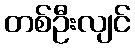
တစ်ဦးလျင်